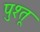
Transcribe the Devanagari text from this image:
पुश्‍तू